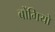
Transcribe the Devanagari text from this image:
बोंगियों